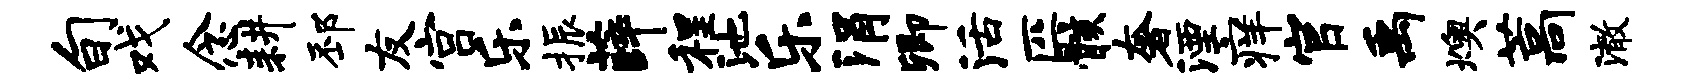
旬戏念耕邳友宫乐振薛程池乐涓卿活匹骸奢湮痒官禹燠藁澈